Lunatic asylums Punjab 1868-1880 - 1868-1880
Year: 1868
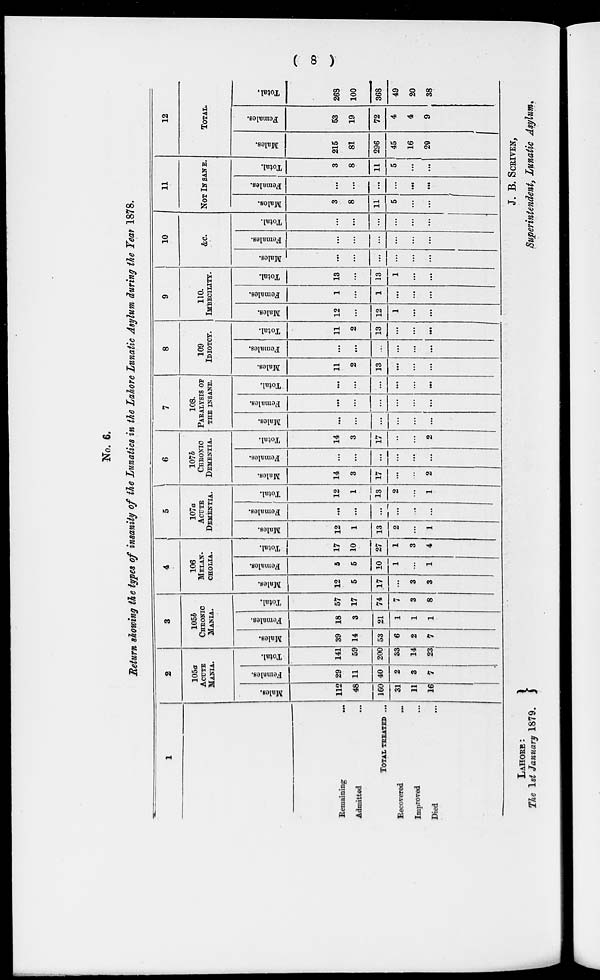
(8)
No. 6.
Return showing the types of insanity of the Lunatics in the Lahore Lunatic Asylum during the Year 1878.
1
Remaining
...
Admitted
...
TOTAL TREATED ...
Recovered ...
Improved ...
Died ...
2
105a
ACUTE
MANIA.
Males.
112
48
160
31
11
16
Females.
29
11
40
2
3
7
Total.
141
59
200
33
14
23
3
105b
CHRONIC
MANIA.
Males.
39
14
53
6
2
7
Females.
18
3
21
1
1
1
Total.
57
17
74
7
3
8
4
106
MELAN-
------.
Males.
12
5
17
...
3
3
Females.
5
5
10
1
...
1
Total.
17
10
27
1
3
4
5
107a
ACUTE
DEMENTIA.
Males.
12
1
13
2
...
1
Females.
...
...
...
...
...
...
Total.
12
1
13
2
...
1
6
107b
CHRONIC
DEMENTIA.
Males.
14
3
17
...
...
2
Females.
...
...
...
...
...
...
Total.
14
3
17
...
...
2
7
108.
PARALYSIS OF
THE INSANE.
Males.
...
...
...
...
...
...
Females.
...
...
...
...
...
...
Total.
...
...
...
...
...
...
8
109
IDIOTCY.
Males.
11
2
13
...
...
...
Females.
...
...
...
...
...
...
Total.
11
2
13
...
...
...
9
110.
IMBECILITY.
Males.
12
...
12
1
...
...
Females.
1
...
1
...
...
...
Total.
13
...
13
1
...
...
10
&c
Males.
...
...
...
...
...
...
Females.
...
...
...
...
...
...
Total.
...
...
...
...
...
...
11
NOT IN SANE.
Males.
3
8
11
5
...
...
Females.
...
...
...
...
...
...
Total.
3
8
11
...
...
12
TOTAL
Males.
215
81
296
45
16
20
Females.
53
19
72
4
4
9
Total.
263
100
368
49
20
38
LAHORE :
The 1st January 1879.
J. B. SCRIVEN,
Superintendent, Lunatic Asylum.